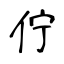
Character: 佇